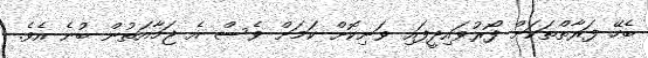
ބެހޭ ފަރާތްތަކަށް ފޯރުވައިދީފައި ވަނިކޮށް ކަމަށް ވެސް އެ ޖަމާއަތުން ބުނެ އެވެ.